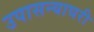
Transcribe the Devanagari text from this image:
उपासन्याघरी